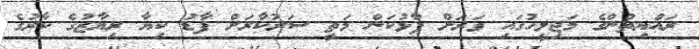
ރައްޔިތުންގެ މަޖިލީހުގައި ވަރަށް ފާޅުކަން މަތީ ސަރުކާރަށް ފާޑު ކިޔާ ރިޔާޒުގެ ކާރުގެ